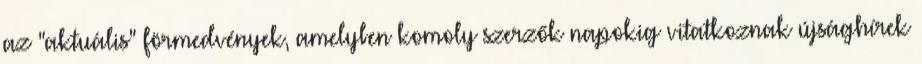
az "aktuális" förmedvények, amelyben komoly szerzők napokig vitatkoznak újsághírek